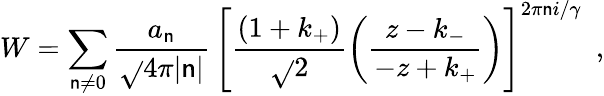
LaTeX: W=\sum_{\mathsf{n}\ne0}\frac{{a_{\mathsf{n}}}}{{\sqrt{}{{4\pi|\mathsf{n}|}}}}\, \left[\frac{{(1+k_{+})}}{{\sqrt{}{{2}}}}\left(\frac{{z-k_{-}}}{{-z+k_{+}}}\right)\right]^{2\pi\mathsf{n}i/\gamma}\ \ ,